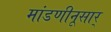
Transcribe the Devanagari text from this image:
मांडणीनूसार्